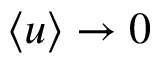
\langle u \rangle \to 0